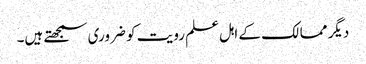
دیگر ممالک کے اہل علم رویت کو ضروری سمجھتے ہیں۔